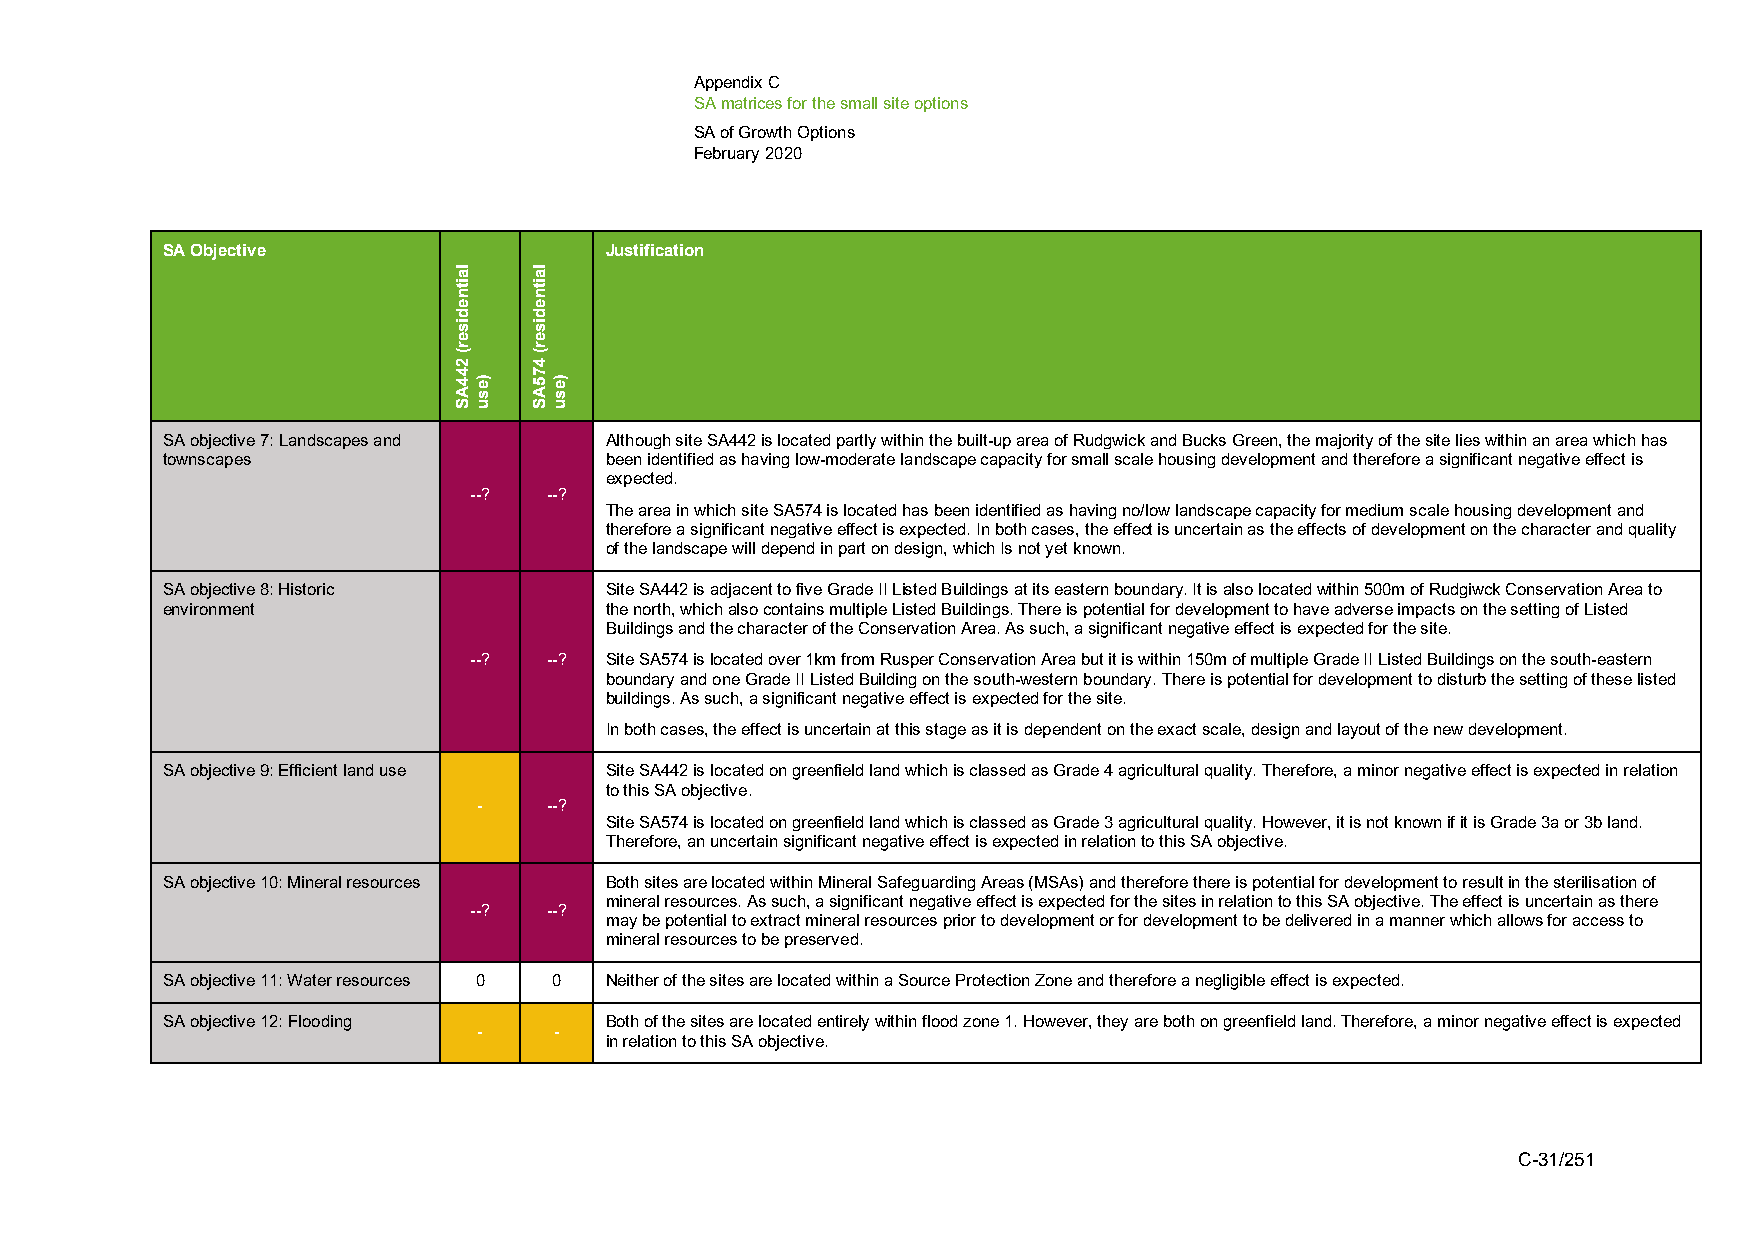
Appendix C
 SA matrices for the small site options
 SA of Growth Options
 February 2020
 SA Objective                 Justification
 SA objective 7: Landscapes and Although site SA442 is located partly within the built-up area of Rudgwick and Bucks Green, the majority of the site lies within an area which has
 townscapes                   been identified as having low-moderate landscape capacity for small scale housing development and therefore a significant negative effect is
 expected.
 --?  --?
 The area in which site SA574 is located has been identified as having no/low landscape capacity for medium scale housing development and
 therefore a significant negative effect is expected. In both cases, the effect is uncertain as the effects of development on the character and quality
 of the landscape will depend in part on design, which Is not yet known.
 SA objective 8: Historic     Site SA442 is adjacent to five Grade II Listed Buildings at its eastern boundary. It is also located within 500m of Rudgiwck Conservation Area to
 environment                  the north, which also contains multiple Listed Buildings. There is potential for development to have adverse impacts on the setting of Listed
 Buildings and the character of the Conservation Area. As such, a significant negative effect is expected for the site.
 --?  --? Site SA574 is located over 1km from Rusper Conservation Area but it is within 150m of multiple Grade II Listed Buildings on the south-eastern
 boundary and one Grade II Listed Building on the south-western boundary. There is potential for development to disturb the setting of these listed
 buildings. As such, a significant negative effect is expected for the site.
 In both cases, the effect is uncertain at this stage as it is dependent on the exact scale, design and layout of the new development.
 SA objective 9: Efficient land use Site SA442 is located on greenfield land which is classed as Grade 4 agricultural quality. Therefore, a minor negative effect is expected in relation
 to this SA objective.
 -   --?
 Site SA574 is located on greenfield land which is classed as Grade 3 agricultural quality. However, it is not known if it is Grade 3a or 3b land.
 Therefore, an uncertain significant negative effect is expected in relation to this SA objective.
 SA objective 10: Mineral resources Both sites are located within Mineral Safeguarding Areas (MSAs) and therefore there is potential for development to result in the sterilisation of
 mineral resources. As such, a significant negative effect is expected for the sites in relation to this SA objective. The effect is uncertain as there
 --?  --?
 may be potential to extract mineral resources prior to development or for development to be delivered in a manner which allows for access to
 mineral resources to be preserved.
 SA objective 11: Water resources 0 0 Neither of the sites are located within a Source Protection Zone and therefore a negligible effect is expected.
 SA objective 12: Flooding    Both of the sites are located entirely within flood zone 1. However, they are both on greenfield land. Therefore, a minor negative effect is expected
 -    -
 in relation to this SA objective.
 C-31/251
 laitnediser(
 244AS
 )esu
 laitnediser(
 475AS
 )esu